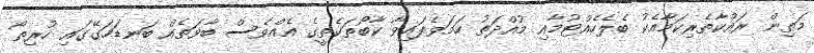
މަތިން ރައްކާތެރިކަމާއެކު ބެލެހެއްޓުމާއި މުއްދަތު ހަމަވެފައިވާ ކާބޯތަކެތީގެ އެއްވެސް ބާވަތެއް ބަނޑަހަގޭގައި ހުރިތޯ